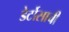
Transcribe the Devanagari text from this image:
डेर्टोसाची